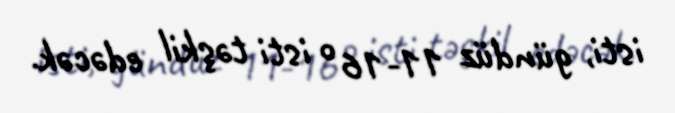
isti, gündüz 11-16° isti təşkil edəcək.